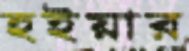
হইয়ার